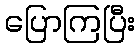
ပြောကြပြီး